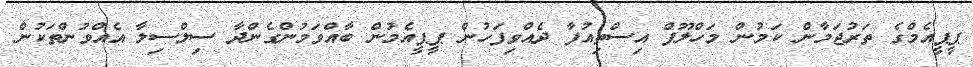
ޕީޕީއެމްގެ ތަރުޖަމާން ކަމުން މަހްލޫފް އިސްތިއުފާ ދެއްވިފަހުން ޕީޕީއެމުން ބާއްވަމުންގެންދާ ސިލްސިލާ އެއްވުންތަކުން